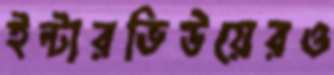
ইন্টারভিউয়েরও